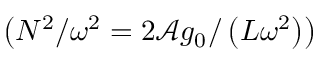
\left( N ^ { 2 } / \omega ^ { 2 } = 2 \mathcal { A } g _ { 0 } / \left( L \omega ^ { 2 } \right) \right)